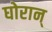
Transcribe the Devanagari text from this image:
घोरान्